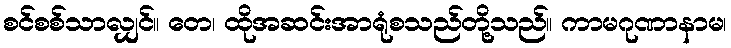
စင်စစ်သာလျှင်။ တေ၊ ထိုအဆင်းအာရုံစသည်တို့သည်။ ကာမဂုဏာနာမ၊